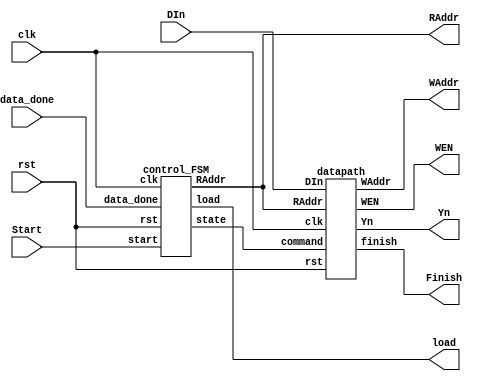
module IIR(clk, rst, Start, load, DIn, RAddr, data_done, WEN, Yn, WAddr, Finish);
	parameter n = 16;
	parameter m = 20;

	input clk, rst;
	input Start;
	input data_done;
	input [n-1:0]DIn;

	output WEN, load;
	output Finish;
	output [n-1:0]Yn;
	output [m-1:0]RAddr;
	output [m-1:0]WAddr;

	wire control_state;

	control_FSM control(
		.clk(clk), .rst(rst),
		.start(Start), .data_done(data_done), .load(load), .RAddr(RAddr), .state(control_state)
	);
	datapath dp(
		.clk(clk), .rst(rst),
		.command(control_state), .RAddr(RAddr), .DIn(DIn), .WEN(WEN), .Yn(Yn), .WAddr(WAddr), .finish(Finish)
	);
endmodule

module control_FSM(clk, rst, start, data_done, load, RAddr, state);
	parameter m = 20;
	parameter idle = 1'b0;
	parameter read = 1'b1;

	input clk, rst, start, data_done;

	output load, state;
	output [m-1:0]RAddr;

	reg load, state;
	reg [m-1:0]RAddr;

	reg next_load, next_state;
	reg [m-1:0]next_RAddr;

	always@(*) begin
		next_state = idle;
		next_load = 1'b0;
		next_RAddr = 0;
		case(state)
			idle: begin
				next_state = idle;
				next_RAddr = 0;
				next_load = 1'b0;
				if(start) begin
					next_state = read;
					next_RAddr = 0;
					next_load = 1'b1;
				end
			end
			read: begin
				next_state = read;
				next_RAddr = RAddr + 1;
				next_load = 1'b1;
				if(data_done) begin
					next_state = idle;
					next_RAddr = 0;
					next_load = 1'b0;
				end
			end
		endcase
	end

	always@(posedge clk or posedge rst) begin //DFF
		if(rst)begin
			state <= 1'b0;
			load <= 1'b0;
			RAddr <= {m{1'b0}};
		end else begin
			state <= next_state;
			load <= next_load;
			RAddr <= next_RAddr;
		end
	end
endmodule

module datapath(clk, rst, command, RAddr, DIn, WEN, Yn, WAddr, finish);
	parameter idle = 1'b0;
	parameter write = 1'b1;
	parameter n = 16;
	parameter m = 20;

	input clk, rst, command;
	input [m-1:0]RAddr;
	input [n-1:0]DIn;

	output WEN, finish;
	output [n-1:0]Yn;
	output [m-1:0]WAddr;

	reg WEN, finish, state;
	reg [m-1:0]WAddr;

	reg next_WEN, next_finish, next_state;
	reg [m-1:0]next_WAddr;

	reg [n-1:0]x0, x1, x2, x3, x4, x5;
	reg [n-1:0]y0, y1, y2, y3, y4;
	wire [n-1:0]next_x0, next_x1, next_x2, next_x3, next_x4, next_x5;
	wire [n-1:0]next_y0, next_y1, next_y2, next_y3, next_y4;

	wire [n+6:0]a0, a1, a2, a3, a4, a5, b0, a_all;
	wire [n+8:0]b1, b2, b3, b4, b_all;
	wire [n-1:0]DIn_fix = ~command ? {n{1'b0}} : DIn;
	wire [n-1:0]x0_abs, x1_abs, x2_abs, x3_abs, x4_abs, x5_abs;
	wire [n-1:0]y0_abs, y1_abs, y2_abs, y3_abs, y4_abs;

	assign x0_abs = x0[n-1] ? (~x0 + 1) : x0;
	assign x1_abs = x1[n-1] ? (~x1 + 1) : x1;
	assign x2_abs = x2[n-1] ? (~x2 + 1) : x2;
	assign x3_abs = x3[n-1] ? (~x3 + 1) : x3;
	assign x4_abs = x4[n-1] ? (~x4 + 1) : x4;
	assign x5_abs = x5[n-1] ? (~x5 + 1) : x5;
	assign y0_abs = y0[n-1] ? (~y0 + 1) : y0;
	assign y1_abs = y1[n-1] ? (~y1 + 1) : y1;
	assign y2_abs = y2[n-1] ? (~y2 + 1) : y2;
	assign y3_abs = y3[n-1] ? (~y3 + 1) : y3;
	assign y4_abs = y4[n-1] ? (~y4 + 1) : y4;
	
	assign a_all = (x0[n-1] ? (~a0 + 1) : a0) +
				   (x1[n-1] ? (~a1 + 1) : a1) +
				   (x2[n-1] ? (~a2 + 1) : a2) +
				   (x3[n-1] ? (~a3 + 1) : a3) +
				   (x4[n-1] ? (~a4 + 1) : a4) +
				   (x5[n-1] ? (~a5 + 1) : a5) +
				   (y0[n-1] ? (~b0 + 1) : b0);
	assign b_all = (y1[n-1] ? b1 : (~b1 + 1)) +
				   (y2[n-1] ? (~b2 + 1) : b2) +
				   (y3[n-1] ? b3 : (~b3 + 1)) +
				   (y4[n-1] ? (~b4 + 1) : b4);
	assign Yn = a_all[n+6:7] + {b_all[n+8], b_all[n+5:7]};
	
	assign a0 = {x0_abs[n-1],
				( {x0_abs[n-2:0], 7'd0} >> 6 )+
				( {x0_abs[n-2:0], 7'd0} >> 9 )+
				( {x0_abs[n-2:0], 7'd0} >> 10)+
				( {x0_abs[n-2:0], 7'd0} >> 11)+
				( {x0_abs[n-2:0], 7'd0} >> 12)+
				( {x0_abs[n-2:0], 7'd0} >> 13) };
	assign a1 = {x1_abs[n-1],
				( {x1_abs[n-2:0], 7'd0} >> 6 )+
				( {x1_abs[n-2:0], 7'd0} >> 8 )+
				( {x1_abs[n-2:0], 7'd0} >> 10)+
				( {x1_abs[n-2:0], 7'd0} >> 11)+
				( {x1_abs[n-2:0], 7'd0} >> 14) };
	assign a2 = {x2_abs[n-1],
				( {x2_abs[n-2:0], 7'd0} >> 5 )+
				( {x2_abs[n-2:0], 7'd0} >> 8 )+
				( {x2_abs[n-2:0], 7'd0} >> 9 )+
				( {x2_abs[n-2:0], 7'd0} >> 11)+
				( {x2_abs[n-2:0], 7'd0} >> 14) };
	assign a3 = {x3_abs[n-1],
				( {x3_abs[n-2:0], 7'd0} >> 5 )+
				( {x3_abs[n-2:0], 7'd0} >> 8 )+
				( {x3_abs[n-2:0], 7'd0} >> 9 )+
				( {x3_abs[n-2:0], 7'd0} >> 11)+
				( {x3_abs[n-2:0], 7'd0} >> 14) };
	assign a4 = {x4_abs[n-1],
				( {x4_abs[n-2:0], 7'd0} >> 6 )+
				( {x4_abs[n-2:0], 7'd0} >> 8 )+
				( {x4_abs[n-2:0], 7'd0} >> 10)+
				( {x4_abs[n-2:0], 7'd0} >> 11)+
				( {x4_abs[n-2:0], 7'd0} >> 14) };
	assign a5 = {x5_abs[n-1],
				( {x5_abs[n-2:0], 7'd0} >> 6 )+
				( {x5_abs[n-2:0], 7'd0} >> 9 )+
				( {x5_abs[n-2:0], 7'd0} >> 10)+
				( {x5_abs[n-2:0], 7'd0} >> 11)+
				( {x5_abs[n-2:0], 7'd0} >> 12)+
				( {x5_abs[n-2:0], 7'd0} >> 13) };
	assign b0 = {y0_abs[n-1],
				( {y0_abs[n-2:0], 7'd0} >> 2 )+
				( {y0_abs[n-2:0], 7'd0} >> 3 )+
				( {y0_abs[n-2:0], 7'd0} >> 8 )+
				( {y0_abs[n-2:0], 7'd0} >> 11)+
				( {y0_abs[n-2:0], 7'd0} >> 13)+
				( {y0_abs[n-2:0], 7'd0} >> 14) };
	assign b1 = {y1_abs[n-1],
				( {2'd0, y1_abs[n-2:0], 7'd0}      )+
				( {2'd0, y1_abs[n-2:0], 7'd0} >> 1 )+
				( {2'd0, y1_abs[n-2:0], 7'd0} >> 3 )+
				( {2'd0, y1_abs[n-2:0], 7'd0} >> 6 )+
				( {2'd0, y1_abs[n-2:0], 7'd0} >> 7 )+
				( {2'd0, y1_abs[n-2:0], 7'd0} >> 8 )+
				( {2'd0, y1_abs[n-2:0], 7'd0} >> 10)+
				( {2'd0, y1_abs[n-2:0], 7'd0} >> 11)+
				( {2'd0, y1_abs[n-2:0], 7'd0} >> 12)+
				( {2'd0, y1_abs[n-2:0], 7'd0} >> 13) };
	assign b2 = {y2_abs[n-1],
				( {2'd0, y2_abs[n-2:0], 7'd0} << 1 )+
				( {2'd0, y2_abs[n-2:0], 7'd0}      )+
				( {2'd0, y2_abs[n-2:0], 7'd0} >> 2 )+
				( {2'd0, y2_abs[n-2:0], 7'd0} >> 4 )+
				( {2'd0, y2_abs[n-2:0], 7'd0} >> 5 )+
				( {2'd0, y2_abs[n-2:0], 7'd0} >> 6 )+
				( {2'd0, y2_abs[n-2:0], 7'd0} >> 7 )+
				( {2'd0, y2_abs[n-2:0], 7'd0} >> 8 ) };
	assign b3 = {y3_abs[n-1],
				( {2'd0, y3_abs[n-2:0], 7'd0} << 2 )+
				( {2'd0, y3_abs[n-2:0], 7'd0} >> 7 )+
				( {2'd0, y3_abs[n-2:0], 7'd0} >> 9 )+
				( {2'd0, y3_abs[n-2:0], 7'd0} >> 10)+
				( {2'd0, y3_abs[n-2:0], 7'd0} >> 12) };
	assign b4 = {y4_abs[n-1],
				( {2'd0, y4_abs[n-2:0], 7'd0} << 1 )+
				( {2'd0, y4_abs[n-2:0], 7'd0} >> 1 )+
				( {2'd0, y4_abs[n-2:0], 7'd0} >> 2 )+
				( {2'd0, y4_abs[n-2:0], 7'd0} >> 7 )+
				( {2'd0, y4_abs[n-2:0], 7'd0} >> 13)+
				( {2'd0, y4_abs[n-2:0], 7'd0} >> 14) };
				
	assign next_x0 = x1;
	assign next_x1 = x2;
	assign next_x2 = x3;
	assign next_x3 = x4;
	assign next_x4 = x5;
	assign next_x5 = DIn_fix;
	assign next_y0 = y1;
	assign next_y1 = y2;
	assign next_y2 = y3;
	assign next_y3 = y4;
	assign next_y4 = Yn;

	always@(*) begin
		next_state = idle;
		next_WEN = 1'b0;
		next_finish = 1'b0;
		next_WAddr = {m{1'b0}};
		case(state)
			idle: begin
				next_state = idle;
				next_WEN = 1'b0;
				next_finish = 1'b0;
				next_WAddr = {m{1'b0}};
				if(command) begin
					next_state = write;
					next_WEN = 1'b1;
					next_finish = 1'b0;
					next_WAddr = {m{1'b0}};
				end
			end
			write: begin
				next_state = write;
				next_WEN = 1'b1;
				next_finish = 1'b0;
				next_WAddr = RAddr;
				if(~command) begin
					next_state = idle;
					next_WEN = 1'b0;
					next_finish = 1'b1;
					next_WAddr = {m{1'b0}};
				end
			end
		endcase
	end

	always@(posedge clk or posedge rst) begin //DFF
		if(rst)begin
			state <= 1'b0;
			WEN <= 1'b0;
			finish <= 1'b0;
			WAddr <= {m{1'b0}};
			x0 <= {n{1'b0}};
			x1 <= {n{1'b0}};
			x2 <= {n{1'b0}};
			x3 <= {n{1'b0}};
			x4 <= {n{1'b0}};
			x5 <= {n{1'b0}};
			y0 <= {n{1'b0}};
			y1 <= {n{1'b0}};
			y2 <= {n{1'b0}};
			y3 <= {n{1'b0}};
			y4 <= {n{1'b0}};
		end else begin
			state <= next_state;
			WEN <= next_WEN;
			finish <= next_finish;
			WAddr <= next_WAddr;
			x0 <= next_x0;
			x1 <= next_x1;
			x2 <= next_x2;
			x3 <= next_x3;
			x4 <= next_x4;
			x5 <= next_x5;
			y0 <= next_y0;
			y1 <= next_y1;
			y2 <= next_y2;
			y3 <= next_y3;
			y4 <= next_y4;
		end
	end
endmodule